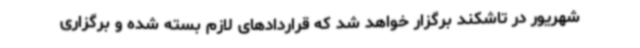
شهریور در تاشکند برگزار خواهد شد که قراردادهای لازم بسته شده و برگزاری